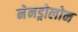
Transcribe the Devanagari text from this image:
नेनड्रोलोन